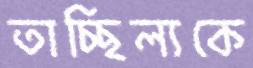
তাচ্ছিল্যকে